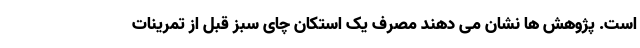
است. پژوهش ها نشان می دهند مصرف یک استکان چای سبز قبل از تمرینات